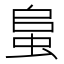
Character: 蛗